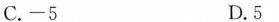
C.-5 D.5